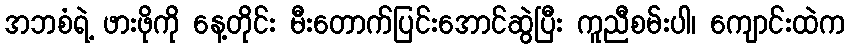
အဘစံရဲ့ ဖားဖိုကို နေ့တိုင်း မီးတောက်ပြင်းအောင်ဆွဲပြီး ကူညီစမ်းပါ၊ ကျောင်းထဲက